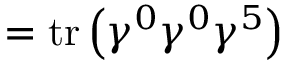
= \operatorname { t r } \left( \gamma ^ { 0 } \gamma ^ { 0 } \gamma ^ { 5 } \right)